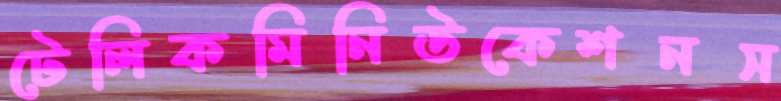
টেলিকমিনিউকেশনস